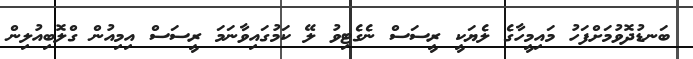
ބަނޑުދޮވުމަށްފަހު މައިމީހާގެ ލެޔަކީ ރީސަސް ނެގެޓިވު ލޭ ކަމުގައިވާނަމަ ރީސަސް އިމިއުން ގްލޮބިއުލިން